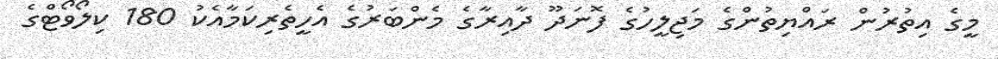
މީގެ އިތުރުން ރައްޔިތުންގެ މަޖިލީހުގެ ފޮނަދޫ ދާއިރާގެ މެންބަރުގެ އެހީތެރިކަމާއެކު 180 ކިލޯވޯޓްގެ